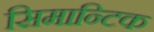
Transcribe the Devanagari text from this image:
सिमान्टिक